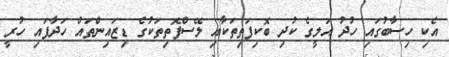
އެކި ހިސާބުގައި ހުދު އަލީގެ ކުދި ބޮކިފަތިތަކާއި ލޭސްފޮތިތަކުގެ ޑިޒައިންތައް ހަދާފައި ހުރީ